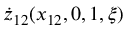
\dot { z } _ { 1 2 } ( x _ { 1 2 } , 0 , 1 , \xi )